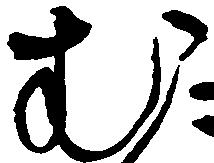
む